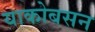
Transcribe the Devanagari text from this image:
याकोबसन